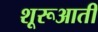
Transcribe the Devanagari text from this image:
शूरूआती